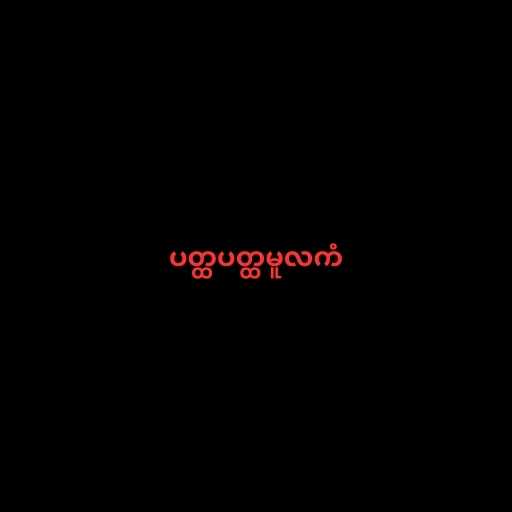
ပတ္ထပတ္ထမူလကံ